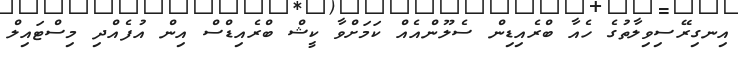
އިނގިރޭސިވިލާތުގެ ހެއާ ބްރެއިޑިން ސެލޫންއެއް ކަމަށްވާ ކީޝް ބްރެއިޑްސް އިން އުފެއްދި މިސްޓައިލް